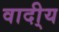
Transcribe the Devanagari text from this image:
वादी्य